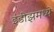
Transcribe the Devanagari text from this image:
इंडीझमध्ये